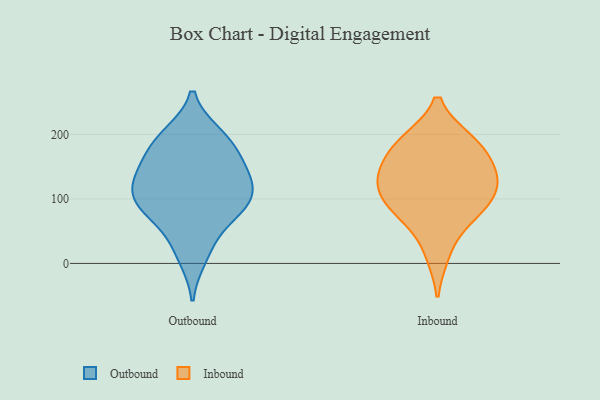
{"axis": {"x": "Humidity (%)", "y": "Value"}, "legend": ["Inbound", "Outbound"], "data": [{"x": "", "y": 85, "type": "Outbound"}, {"x": "", "y": 10, "type": "Outbound"}, {"x": "", "y": 76, "type": "Outbound"}, {"x": "", "y": 107, "type": "Outbound"}, {"x": "", "y": 197, "type": "Outbound"}, {"x": "", "y": 130, "type": "Outbound"}, {"x": "", "y": 98, "type": "Outbound"}, {"x": "", "y": 138, "type": "Outbound"}, {"x": "", "y": 147, "type": "Outbound"}, {"x": "", "y": 86, "type": "Outbound"}, {"x": "", "y": 199, "type": "Outbound"}, {"x": "", "y": 33, "type": "Outbound"}, {"x": "", "y": 140, "type": "Outbound"}, {"x": "", "y": 175, "type": "Outbound"}, {"x": "", "y": 185, "type": "Outbound"}, {"x": "", "y": 103, "type": "Outbound"}, {"x": "", "y": 81, "type": "Inbound"}, {"x": "", "y": 110, "type": "Inbound"}, {"x": "", "y": 155, "type": "Inbound"}, {"x": "", "y": 71, "type": "Inbound"}, {"x": "", "y": 149, "type": "Inbound"}, {"x": "", "y": 191, "type": "Inbound"}, {"x": "", "y": 84, "type": "Inbound"}, {"x": "", "y": 15, "type": "Inbound"}, {"x": "", "y": 185, "type": "Inbound"}, {"x": "", "y": 125, "type": "Inbound"}, {"x": "", "y": 133, "type": "Inbound"}, {"x": "", "y": 191, "type": "Inbound"}, {"x": "", "y": 118, "type": "Inbound"}]}